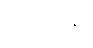
လင်ကွန်း